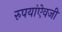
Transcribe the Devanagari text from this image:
रुपयांऐवजी